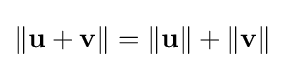
\|\mathbf {u} +\mathbf {v} \|=\|\mathbf {u} \|+\|\mathbf {v} \|